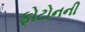
ફોટોનની